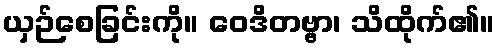
ယှဉ်စေခြင်းကို။ ဝေဒိတဗ္ဗာ၊ သိထိုက်၏။